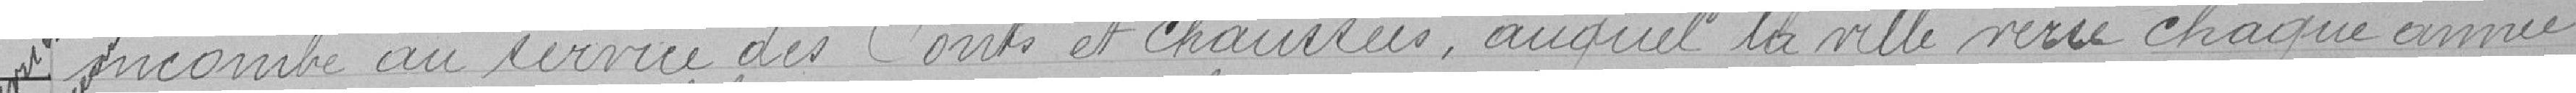
incombe au service des Ponts et Chaussées auquel la ville verse chaque année